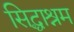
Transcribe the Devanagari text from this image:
सिद्धाश्रम